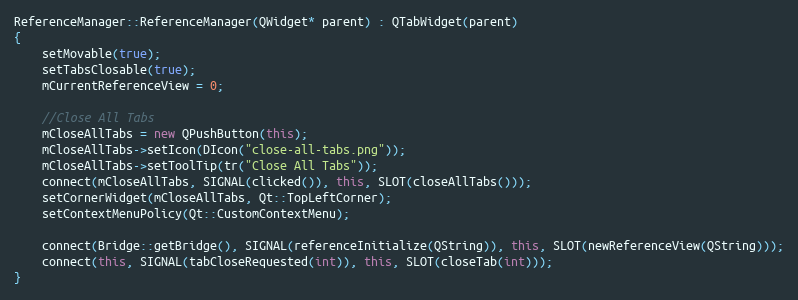
Language: C++
ReferenceManager::ReferenceManager(QWidget* parent) : QTabWidget(parent)
{
    setMovable(true);
    setTabsClosable(true);
    mCurrentReferenceView = 0;

    //Close All Tabs
    mCloseAllTabs = new QPushButton(this);
    mCloseAllTabs->setIcon(DIcon("close-all-tabs.png"));
    mCloseAllTabs->setToolTip(tr("Close All Tabs"));
    connect(mCloseAllTabs, SIGNAL(clicked()), this, SLOT(closeAllTabs()));
    setCornerWidget(mCloseAllTabs, Qt::TopLeftCorner);
    setContextMenuPolicy(Qt::CustomContextMenu);

    connect(Bridge::getBridge(), SIGNAL(referenceInitialize(QString)), this, SLOT(newReferenceView(QString)));
    connect(this, SIGNAL(tabCloseRequested(int)), this, SLOT(closeTab(int)));
}